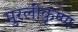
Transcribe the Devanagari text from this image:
मुरलीकृष्ण